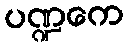
ပဏ္ဍကေ